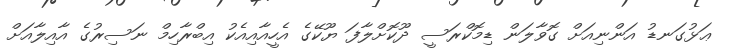
ޢަޅުގަނޑު އަންނިއަށް ގޮވާލަން ޑިމޮކްރަސީ ދޫކޮށްލާފަ ޔޫކޭގެ އެހީއާއިއެކު އިބްރާހިމް ނަސިރުގެ އާއިލާއަށް